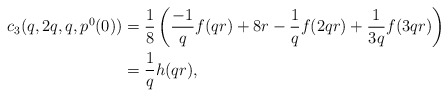
\begin{align*}c_3(q,2q,q,p^0(0)) &= \frac 18 \left( \frac{-1}{q}f(qr) + 8r - \frac 1q f(2qr) + \frac{1}{3q}f(3qr)\right)\\&=\frac{1}{q}h(qr),\end{align*}